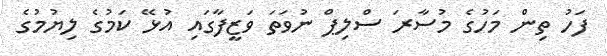
ފަހު ތިން މަހުގެ މުސާރަ ސްލިޕް ނުވަތަ ވަޒީފާގައި އުޅޭ ކަމުގެ ލިޔުމުގެ